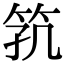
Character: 𬔸